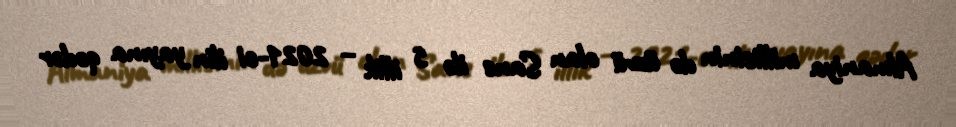
Almaniya millisinin də üzvü olan Sane ilə 5 illik – 2021-ci ilin yayına qədər